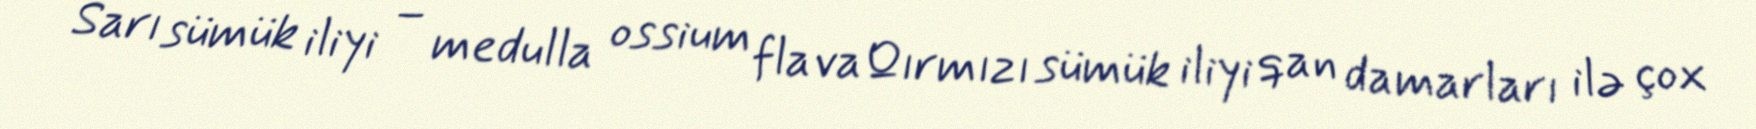
Sarı sümük iliyi – medulla ossium flavaQırmızı sümük iliyi qan damarları ilə çox